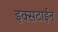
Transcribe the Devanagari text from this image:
इक्सटाईन